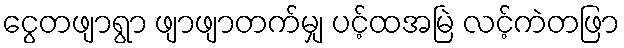
ငွေတဖျာရွာ ဖျာဖျာတက်မျှ ပင့်ထအမြဲ လင့်ကဲတဖြာ